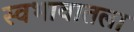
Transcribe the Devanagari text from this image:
स्वभावातला